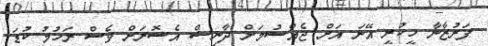
ފަރުޒާނާ ހީކުރީ އޭނަ އަށް ޖެއްސުމަށް ދާނިޝް އެސޮރަށް ވެސް ރަހުމު ކުޑަ